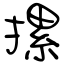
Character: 摞